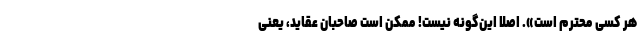
هر کسی محترم است». اصلاً این‌گونه نیست! ممکن است صاحبان عقاید، یعنی